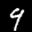
Label: 9